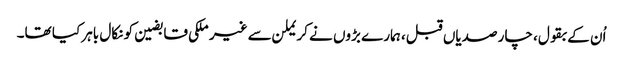
اُن کے بقول، چار صدیاں قبل، ہمارے بڑوں نے کریملن سے غیر ملکی قابضین کو نکال باہر کیا تھا۔